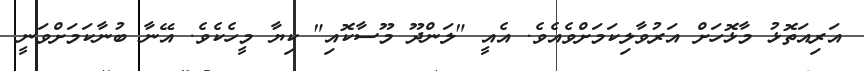
އަރިއަތޮޅު މާޅޮހަށް އަރުވާލިކަމަށްވެއެވެ. އެއީ "ލަންދޫ މޫސާކޮއި" ކިޔާ މީހެކެވެ. އޭނާ ބުނާކަމަށްވަނީ